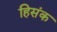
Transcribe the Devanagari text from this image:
हिसंक